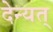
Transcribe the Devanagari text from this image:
देन्यत्